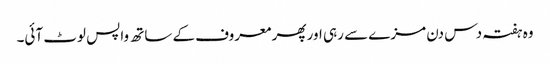
وہ ہفتہ دس دن مزے سے رہی اور پھر معروف کے ساتھ واپس لوٹ آئی۔